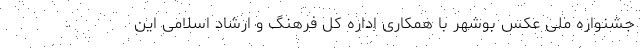
جشنواره ملی عکس بوشهر با همکاری اداره کل فرهنگ و ارشاد اسلامی این